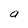
Character: a